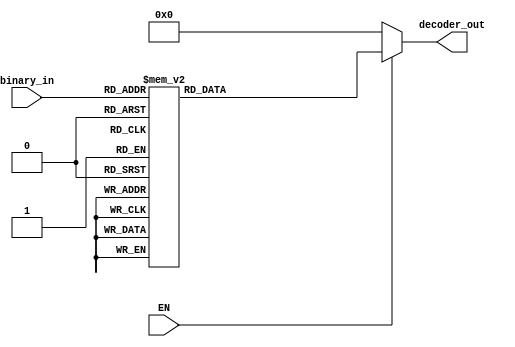
`timescale 1ns / 1ps
//////////////////////////////////////////////////////////////////////////////////
// Company: 
// Engineer: 
// 
// Design Name: 
// Module Name:    Deco_DIRW 
// Project Name: 
// Target Devices: 
// Tool versions: 
// Description: 
//
// Dependencies: 
//
// Revision: 
// Revision 0.01 - File Created
// Additional Comments: 
//
//////////////////////////////////////////////////////////////////////////////////
module Deco_DIRW(
   input [3:0] binary_in, //  
	output reg [7:0] decoder_out,  //  
	//output reg band_Fin,
	input EN

);


always@*
begin
	if (EN)  begin
	case (binary_in) 
						
							4'b0000 : decoder_out = 8'h20;//Segundos
							4'b0001 : decoder_out = 8'h21;//Minutos
							4'b0010 : decoder_out = 8'h22;//Horas
							4'b0011 : decoder_out = 8'h23;//Dia
							4'b0100 : decoder_out = 8'h24;//Mes
							4'b0101	: decoder_out = 8'h25;//Ao
							4'b0110  : decoder_out = 8'h26;//seg_timer
							4'b0111  : decoder_out = 8'h41;//min_timer
							4'b1000  : decoder_out = 8'h42;//hora_timer	
							4'b1001  : decoder_out = 8'h43;
							4'b1010 : decoder_out = 8'b11110000;
							default: decoder_out = 8'h0; 
			endcase
		end
		else 
		decoder_out = 8'h0;
	end
 
endmodule